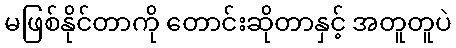
မဖြစ်နိုင်တာကို တောင်းဆိုတာနှင့် အတူတူပဲ